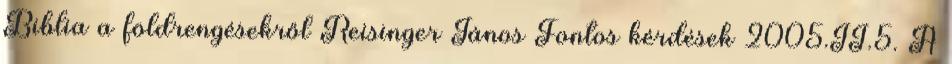
Biblia a földrengésekről Reisinger János Fontos kérdések 2005.II.5. A